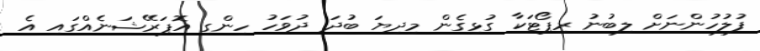
ފުލުހުންނަށް ލިބުނު ރިޕޯޓަކާ ގުޅިގެން މިދިޔަ ބުދަ ދުވަހު ހިންގި އޮޕަރޭޝަނެއްގައި އެ